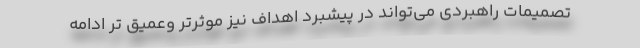
تصمیمات راهبردی می‌تواند در پیشبرد اهداف نیز موثرتر وعمیق تر ادامه